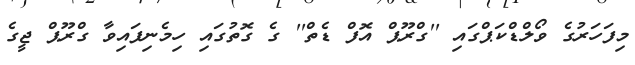
މިފަހަރުގެ ވޯލްޑްކަޕްގައި ''ގްރޫޕް އޮފް ޑެތް'' ގެ ގޮތުގައި ހިމެނިފައިވާ ގްރޫޕް ޖީގެ